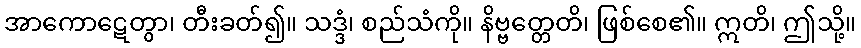
အာကောဋေတွာ၊ တီးခတ်၍။ သဒ္ဒံ၊ စည်သံကို။ နိဗ္ဗတ္တေတိ၊ ဖြစ်စေ၏။ ဣတိ၊ ဤသို့။